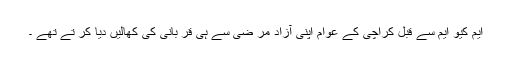
ایم کیو ایم سے قبل کراچی کے عوام اپنی آزاد مر ضی سے ہی قر بانی کی کھالیں دیا کر تے تھے ۔